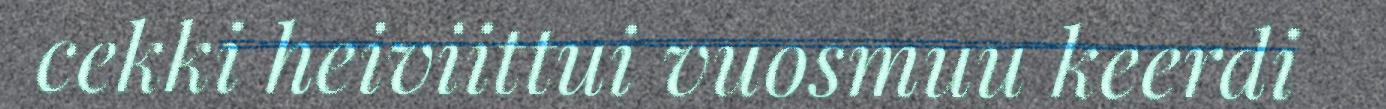
cekki heiviittui vuosmuu keerdi